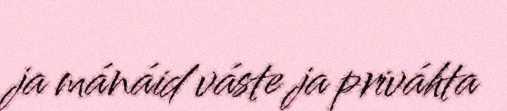
ja mánáid váste ja priváhta